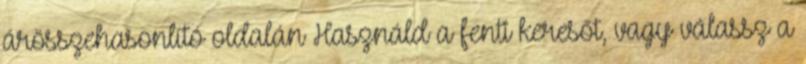
árösszehasonlító oldalán Használd a fenti keresőt, vagy válassz a